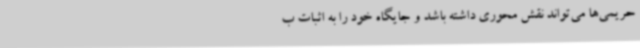
حریمی‌ها می‌تواند نقش محوری داشته باشد و جایگاه خود را به اثبات ب